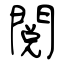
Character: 閱